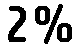
2%